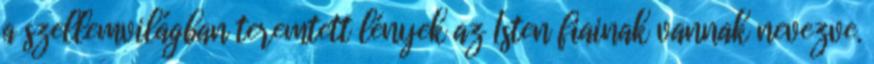
a szellemvilágban teremtett lények az Isten fiainak vannak nevezve.